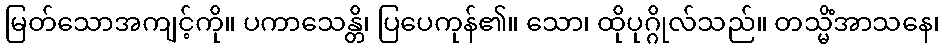
မြတ်သောအကျင့်ကို။ ပကာသေန္တိ၊ ပြပေကုန်၏။ သော၊ ထိုပုဂ္ဂိုလ်သည်။ တသ္မိံအာသနေ၊